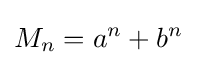
M_{n}=a^{n}+b^{n}